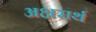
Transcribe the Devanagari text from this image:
अक्षरार्थ